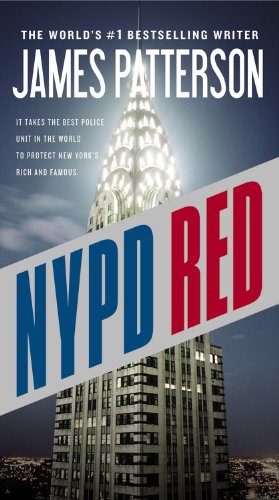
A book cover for NYPD Red; James Patterson; Mystery, Thriller & Suspense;